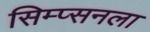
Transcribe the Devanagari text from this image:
सिम्प्सनला